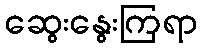
ဆွေးနွေးကြရာ